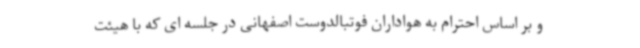
و بر اساس احترام به هواداران فوتبالدوست اصفهانی در جلسه ای که با هیئت